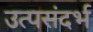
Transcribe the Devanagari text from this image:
उत्पसंदर्भ